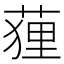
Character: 䔆